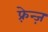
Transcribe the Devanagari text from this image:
फ़्रेन्ज़